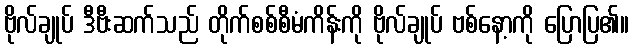
ဗိုလ်ချုပ် ဒီဗီးဆက်သည် တိုက်စစ်စီမံကိန်းကို ဗိုလ်ချုပ် ဗစ်နော့ကို ပြောပြ၏။